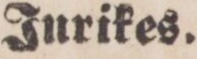
Inrikes.